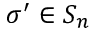
\sigma ^ { \prime } \in S _ { n }